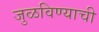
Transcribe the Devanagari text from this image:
जुळविण्याची